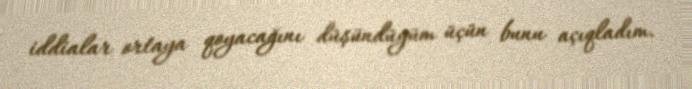
iddialar ortaya qoyacağını düşündüyüm üçün bunu açıqladım.